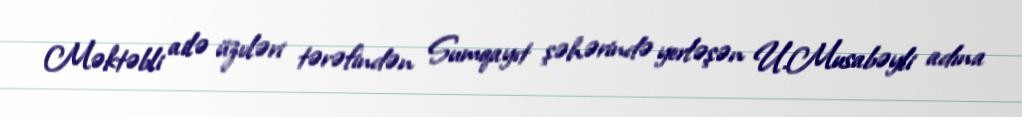
Məktəbli ailə üzvləri tərəfindən Sumqayıt şəhərində yerləşən U.Musabəyli adına